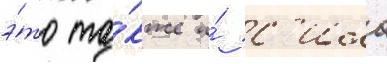
э́то та́кже и́ с'ила